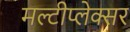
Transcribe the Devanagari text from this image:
मल्टीप्लेक्सर